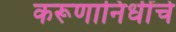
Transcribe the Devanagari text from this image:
करूणानिधींचे